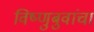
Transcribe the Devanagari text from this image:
विष्णुबुवांचा